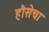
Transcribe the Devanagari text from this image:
हौसेचा